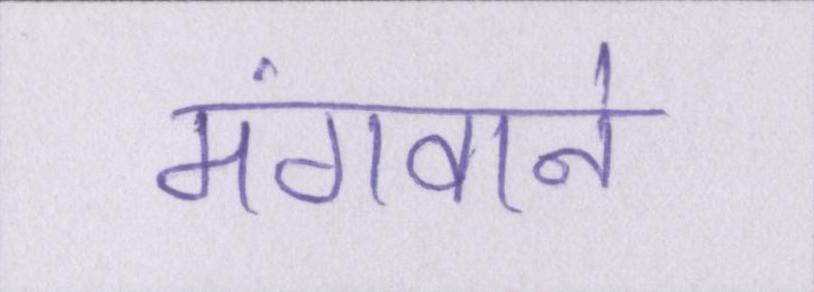
मंगवाने